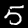
Label: 5